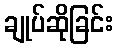
ချုပ်ဆိုခြင်း